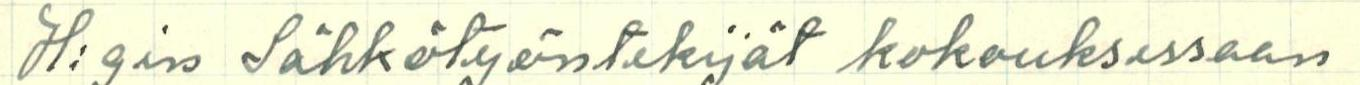
H:gin Sähkötyöntekijät kokouksessaan